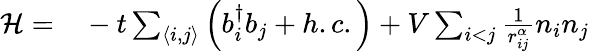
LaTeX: \begin{array}{rl}{\mathcal{H}=}&{{}-t\sum_{\left<i,j\right>}\left(b_{i}^{\dagger}b_{j}+h.c.\right)+V\sum_{i<j}\frac{1}{r_{ij}^{\alpha}}n_{i}n_{j}}\end{array}